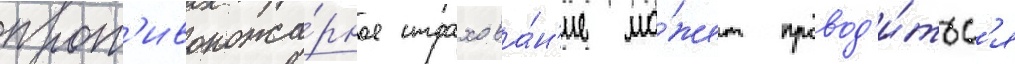
прот'ивопожа́рное страхова́н'ие мо́жет провод'и́тьс'я